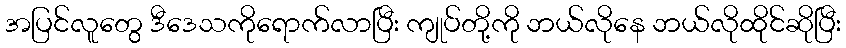
အပြင်လူတွေ ဒီဒေသကိုရောက်လာပြီး ကျုပ်တို့ကို ဘယ်လိုနေ ဘယ်လိုထိုင်ဆိုပြီး